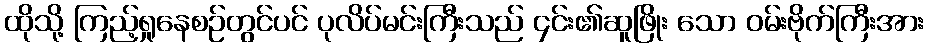
ထိုသို့ ကြည့်ရှုနေစဉ်တွင်ပင် ပုလိပ်မင်းကြီးသည် ၄င်း၏ဆူဖြိုး သော ဝမ်းဗိုက်ကြီးအား